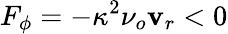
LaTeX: F_{\phi}=-\kappa^{2}\nu_{o}\mathbf{v}_{r}<0